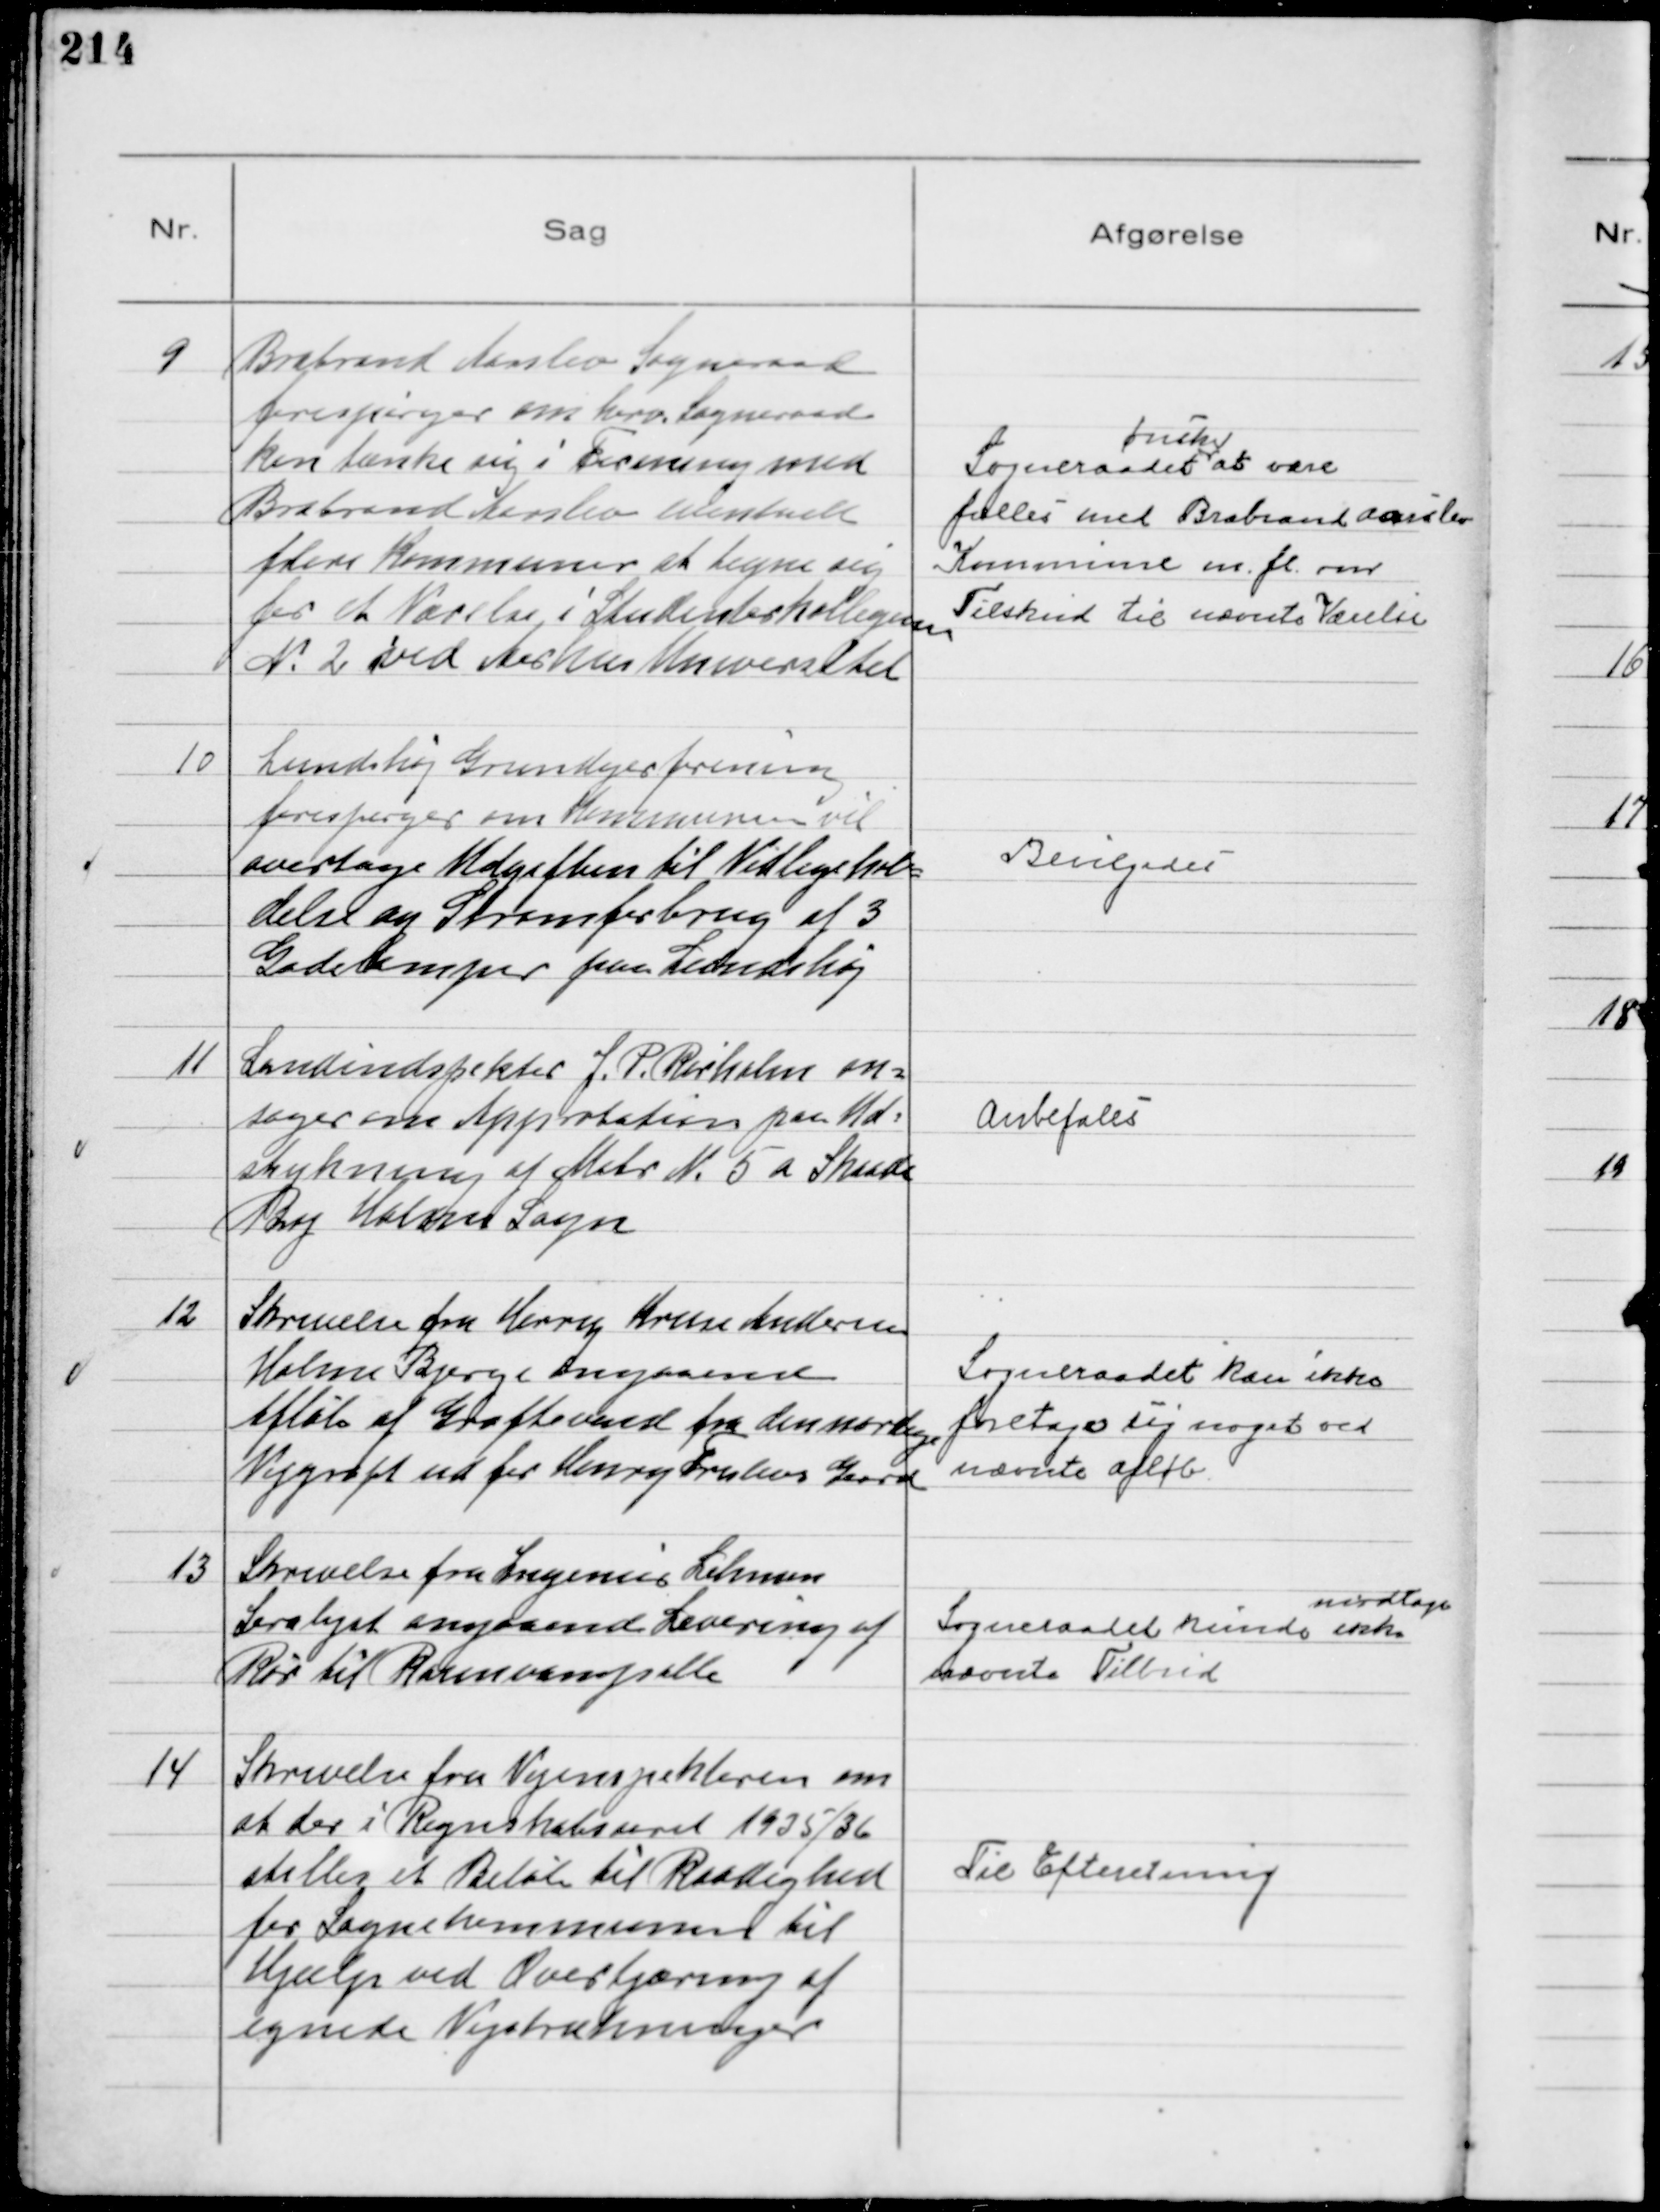
Transskription:
9
Brabrand Aarslev Sogneraad
forespørger om herv. Sogneraad
kan tænke sig i Forening med
Brabrand Aarslev evntuelt
flere Kommuner at tegne sig
for et Værelse i Studenterkollegium
N 2 ved Aarhus Universitet

Sogneraadet
ønsker
at være
fælles med Brabrand Aarslev
Kommune m.fl. om
Tilskud til nævnte Værelse

10
Lundshøj Grundejerforening
forespørger om Kommunen vil
overtage Udgiften til Vedligehol-
delse og Strømforbrug af 3
Gadelamper paa Lundshøj

Bevilgedes

11
Landindspektør J. P. Rørholm an-
søger om Approbation paa Ud-
stykning af Matr N. 5 a Skaade
By Holme Sogn

Anbefales

12
Skrivelse fra Henry Kruse Andersen
Holme Bjerge angaaende
Afløb af Grøftevand fra den nordlige
Vejgrøft ud for Henry Freilevs Gaard

Sogneraadet kan ikke
foretage sig noget ved
nævnte Afløb

13
Skrivelse fra Ingeniør Lehmann
Saralyst angaaende Levering af
rør til Rosenvangsalle

Sogneraadet kunde ikke
modtage
nævnte Tilbud

14
Skrivelse fra Vejinspektøren om
at der i Regnskabsaaret 1935/36
stilles et Beløb til Raadighed
for Sognekommunen til
Hjælp ved Overtjæring af
egnede Vejstrækninger

Til Efteretning